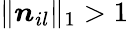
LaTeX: \| \boldsymbol{n}_{il}\| _{1}>1